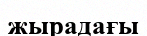
жырадағы